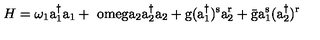
H = \omega _ { 1 } \mathrm { a _ { 1 } ^ { \dagger } a _ { 1 } + \ o m e g a _ { 2 } \mathrm { a _ { 2 } ^ { \dagger } a _ { 2 } + \mathrm { g ( a _ { 1 } ^ { \dagger } ) ^ { s } a _ { 2 } ^ { r } + \bar { \mathrm { g } } a _ { 1 } ^ { s } ( a _ { 2 } ^ { \dagger } ) ^ { r } } } }